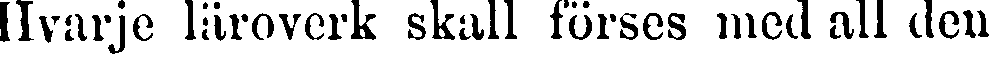
Hvarje läroverk skall förses med all den